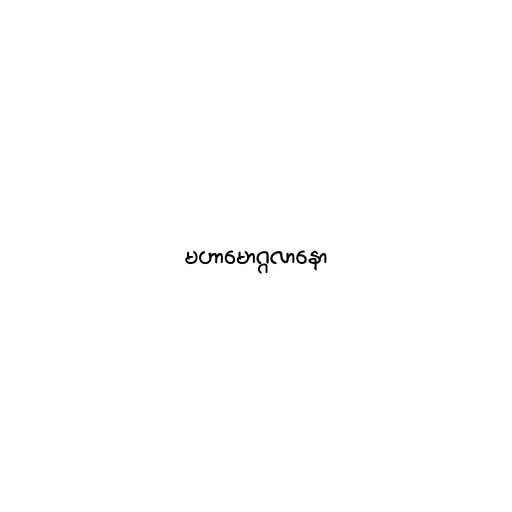
မဟာမောဂ္ဂလာနော